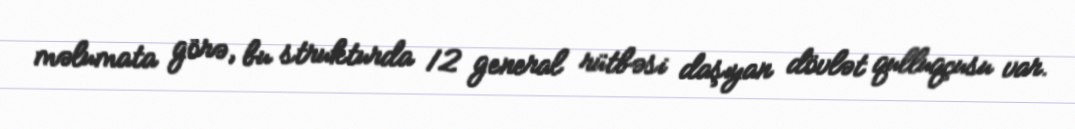
məlumata görə, bu strukturda 12 general rütbəsi daşıyan dövlət qulluqçusu var.